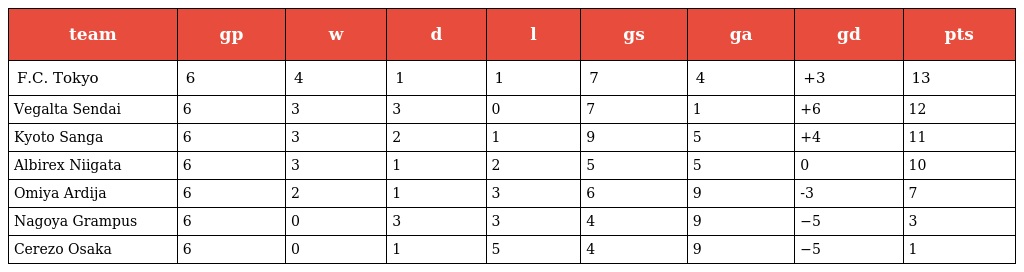
| team | gp | w | d | l | gs | ga | gd | pts |
 | --- | --- | --- | --- | --- | --- | --- | --- | --- |
 | F.C. Tokyo | 6 | 4 | 1 | 1 | 7 | 4 | +3 | 13 |
 | Vegalta Sendai | 6 | 3 | 3 | 0 | 7 | 1 | +6 | 12 |
 | Kyoto Sanga | 6 | 3 | 2 | 1 | 9 | 5 | +4 | 11 |
 | Albirex Niigata | 6 | 3 | 1 | 2 | 5 | 5 | 0 | 10 |
 | Omiya Ardija | 6 | 2 | 1 | 3 | 6 | 9 | -3 | 7 |
 | Nagoya Grampus | 6 | 0 | 3 | 3 | 4 | 9 | −5 | 3 |
 | Cerezo Osaka | 6 | 0 | 1 | 5 | 4 | 9 | −5 | 1 |